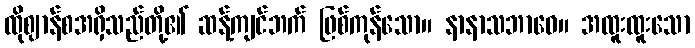
ထိုဈာန်စအရှိသည်တို့၏ ဆန့်ကျင်ဘက် ဖြစ်ကုန်သော။ နာနာသဘာဝေ။ အထူးထူးသော